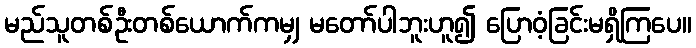
မည်သူတစ်ဦးတစ်ယောက်ကမျှ မတော်ပါဘူးဟူ၍ ပြောဝံ့ခြင်းမရှိကြပေ။